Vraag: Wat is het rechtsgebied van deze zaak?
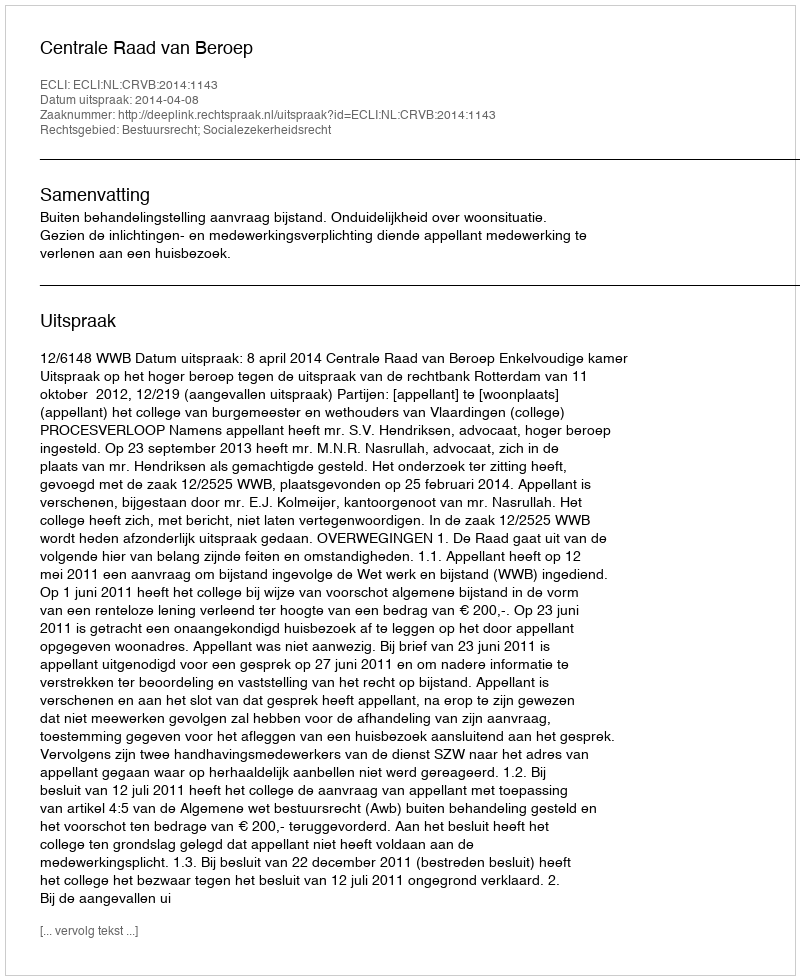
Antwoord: Bestuursrecht; Socialezekerheidsrecht